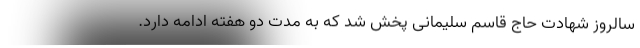
سالروز شهادت حاج قاسم سلیمانی پخش شد که به مدت دو هفته ادامه دارد.